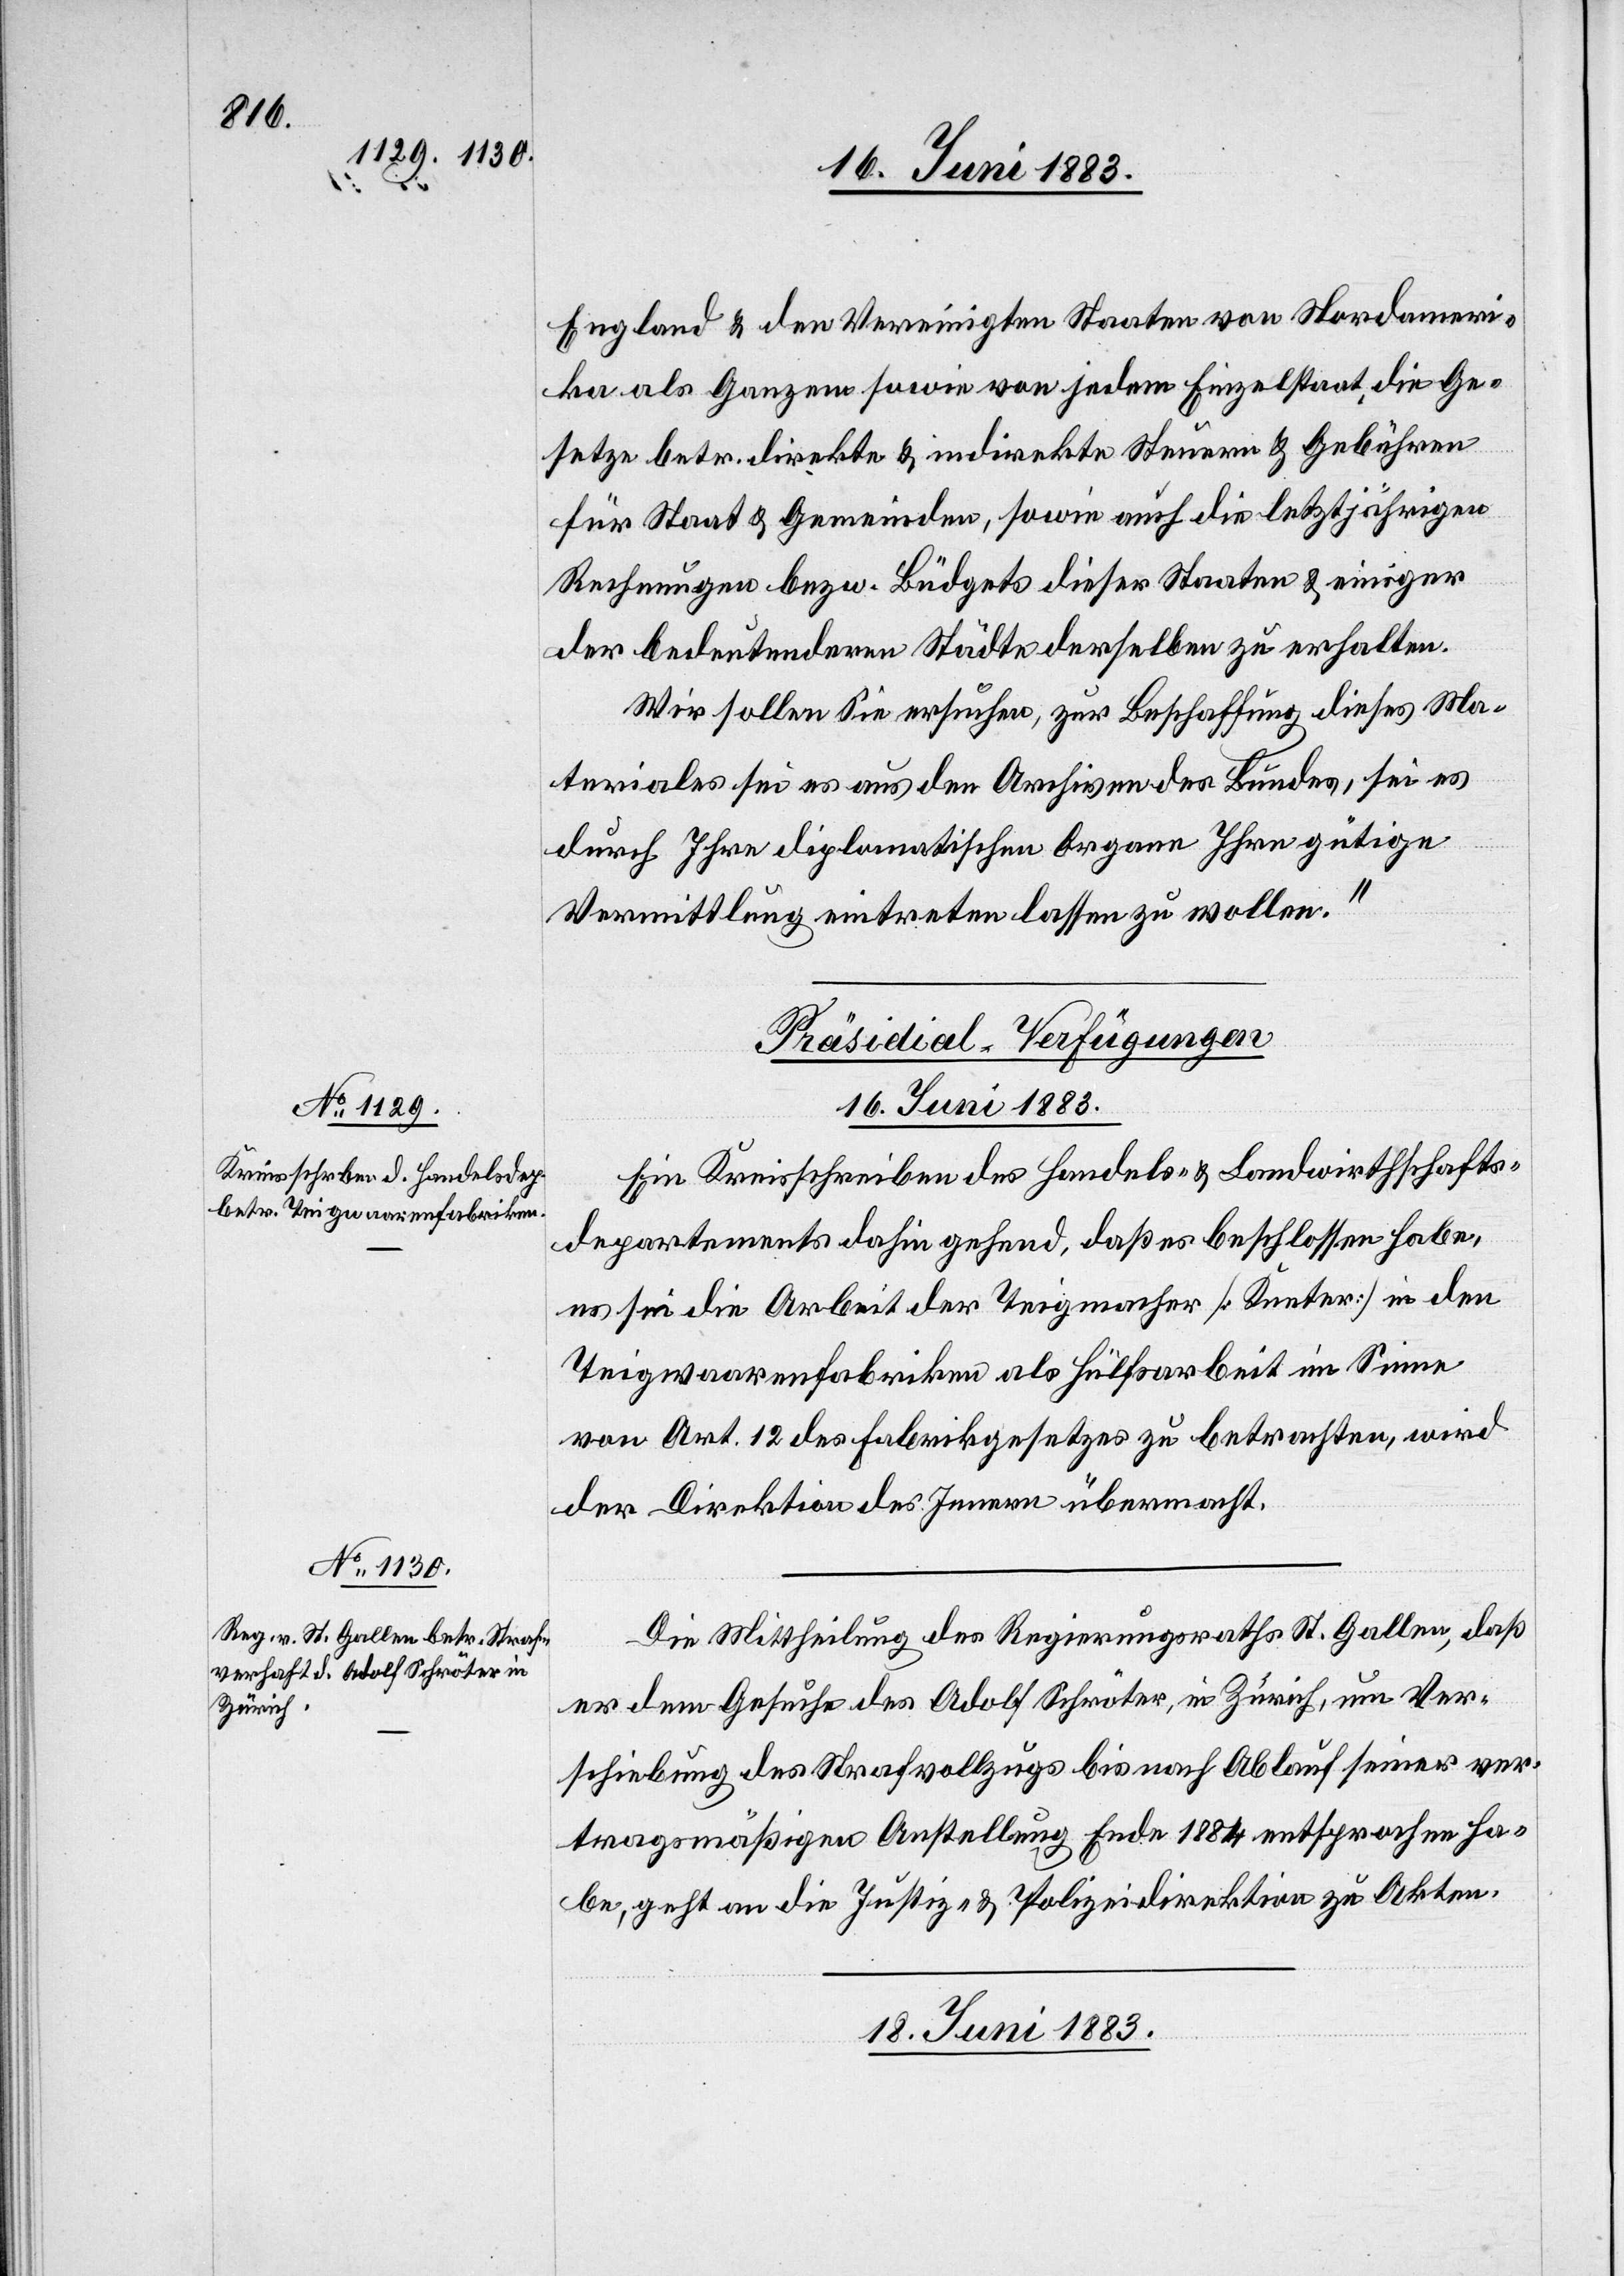
England & den Vereinigten Staaten von Nordameri¬
ka als Ganzem sowie von jedem Einzelstaat, die Ge¬
setze betr. direkte & indirekte Steuern & Gebühren
für Staat & Gemeinden, sowie auch die letztjährigen
Rechnungen bezw. Büdgets dieser Staaten & einiger
der bedeutenden Städte derselben zu erhalten.
Wir sollen Sie ersuchen, zur Beschaffung dieses Ma¬
terials sei es aus den Archiven des Bundes, sei es
durch Ihre diplomatische Organe Ihre gütige
Vermittlung eintreten lassen zu wollen.“
[Präsidial-Verfügungen]
16. Juni 1883.]
Ein Kreisschreiben des Handels- & Landwirthschafts¬
departements dahin gehend, daß es beschlossen habe,
es sei die Arbeit der Teigmacher [Kneter] in den
Teigwaarenfabriken als Hülfsarbeit im Sinne
von Art. 12 des Fabrikgesetzes zu betrachten, wird
der Direktion des Innern übermacht.
Die Mittheilung des Regierungsrathes St. Gallen, daß
er dem Gesuche des Adolf Schröter, in Zürich, um Ver¬
schiebung des Strafvollzugs bis nach Ablauf seiner ver¬
tragsmäßigen Anstellung Ende 1884 entsprochen ha¬
be, geht an die Justiz- & Polizeidirektion zu Akten.
18. Juni 1883.